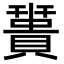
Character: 𧷩